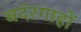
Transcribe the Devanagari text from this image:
बदंरगाहों